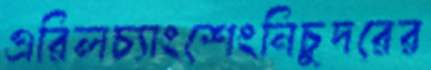
এরিলচ্যাংশেংনিচুদরের